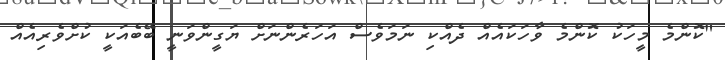
"ކޮންމެ މީހަކު ކޮންމެ ވާހަކައެއް ދެއްކި ނަމަވެސް އަހަރެންނަށް ޔަގީންވަނީ ބޭބެއަކީ ކުށްވެރިއެއް